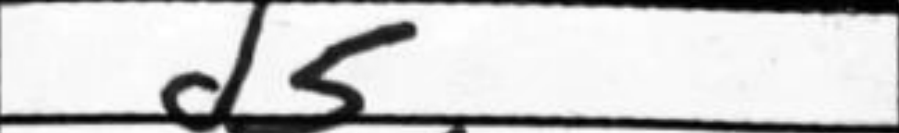
Transcription: d5